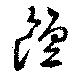
饘